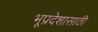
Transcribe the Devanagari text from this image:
भूप्रदेशासाठी